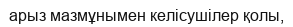
арыз мазмұнымен келісушілер қолы,